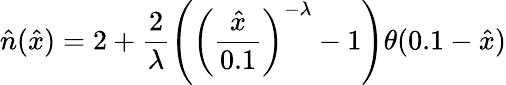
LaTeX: \hat{n}(\hat{x})=2+\frac{2}{\lambda}\left(\left(\frac{\hat{x}}{0.1}\right)^{-\lambda}-1\right)\theta(0.1-\hat{x})